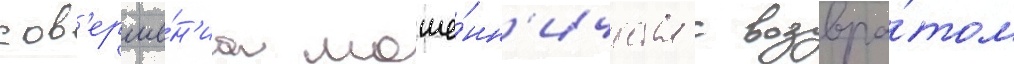
сов'ерше́н'иа моше́нн'ичества с возвра́том